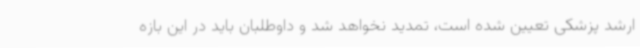
ارشد پزشکی تعیین شده است، تمدید نخواهد شد و داوطلبان باید در این بازه